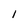
Character: 1